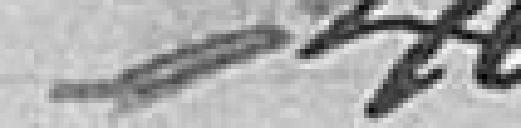
468-470